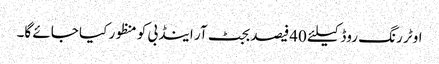
اوٹر رنگ روڈ کیلئے 40فیصد بجٹ آر اینڈ بی کو منظور کیا جائے گا۔